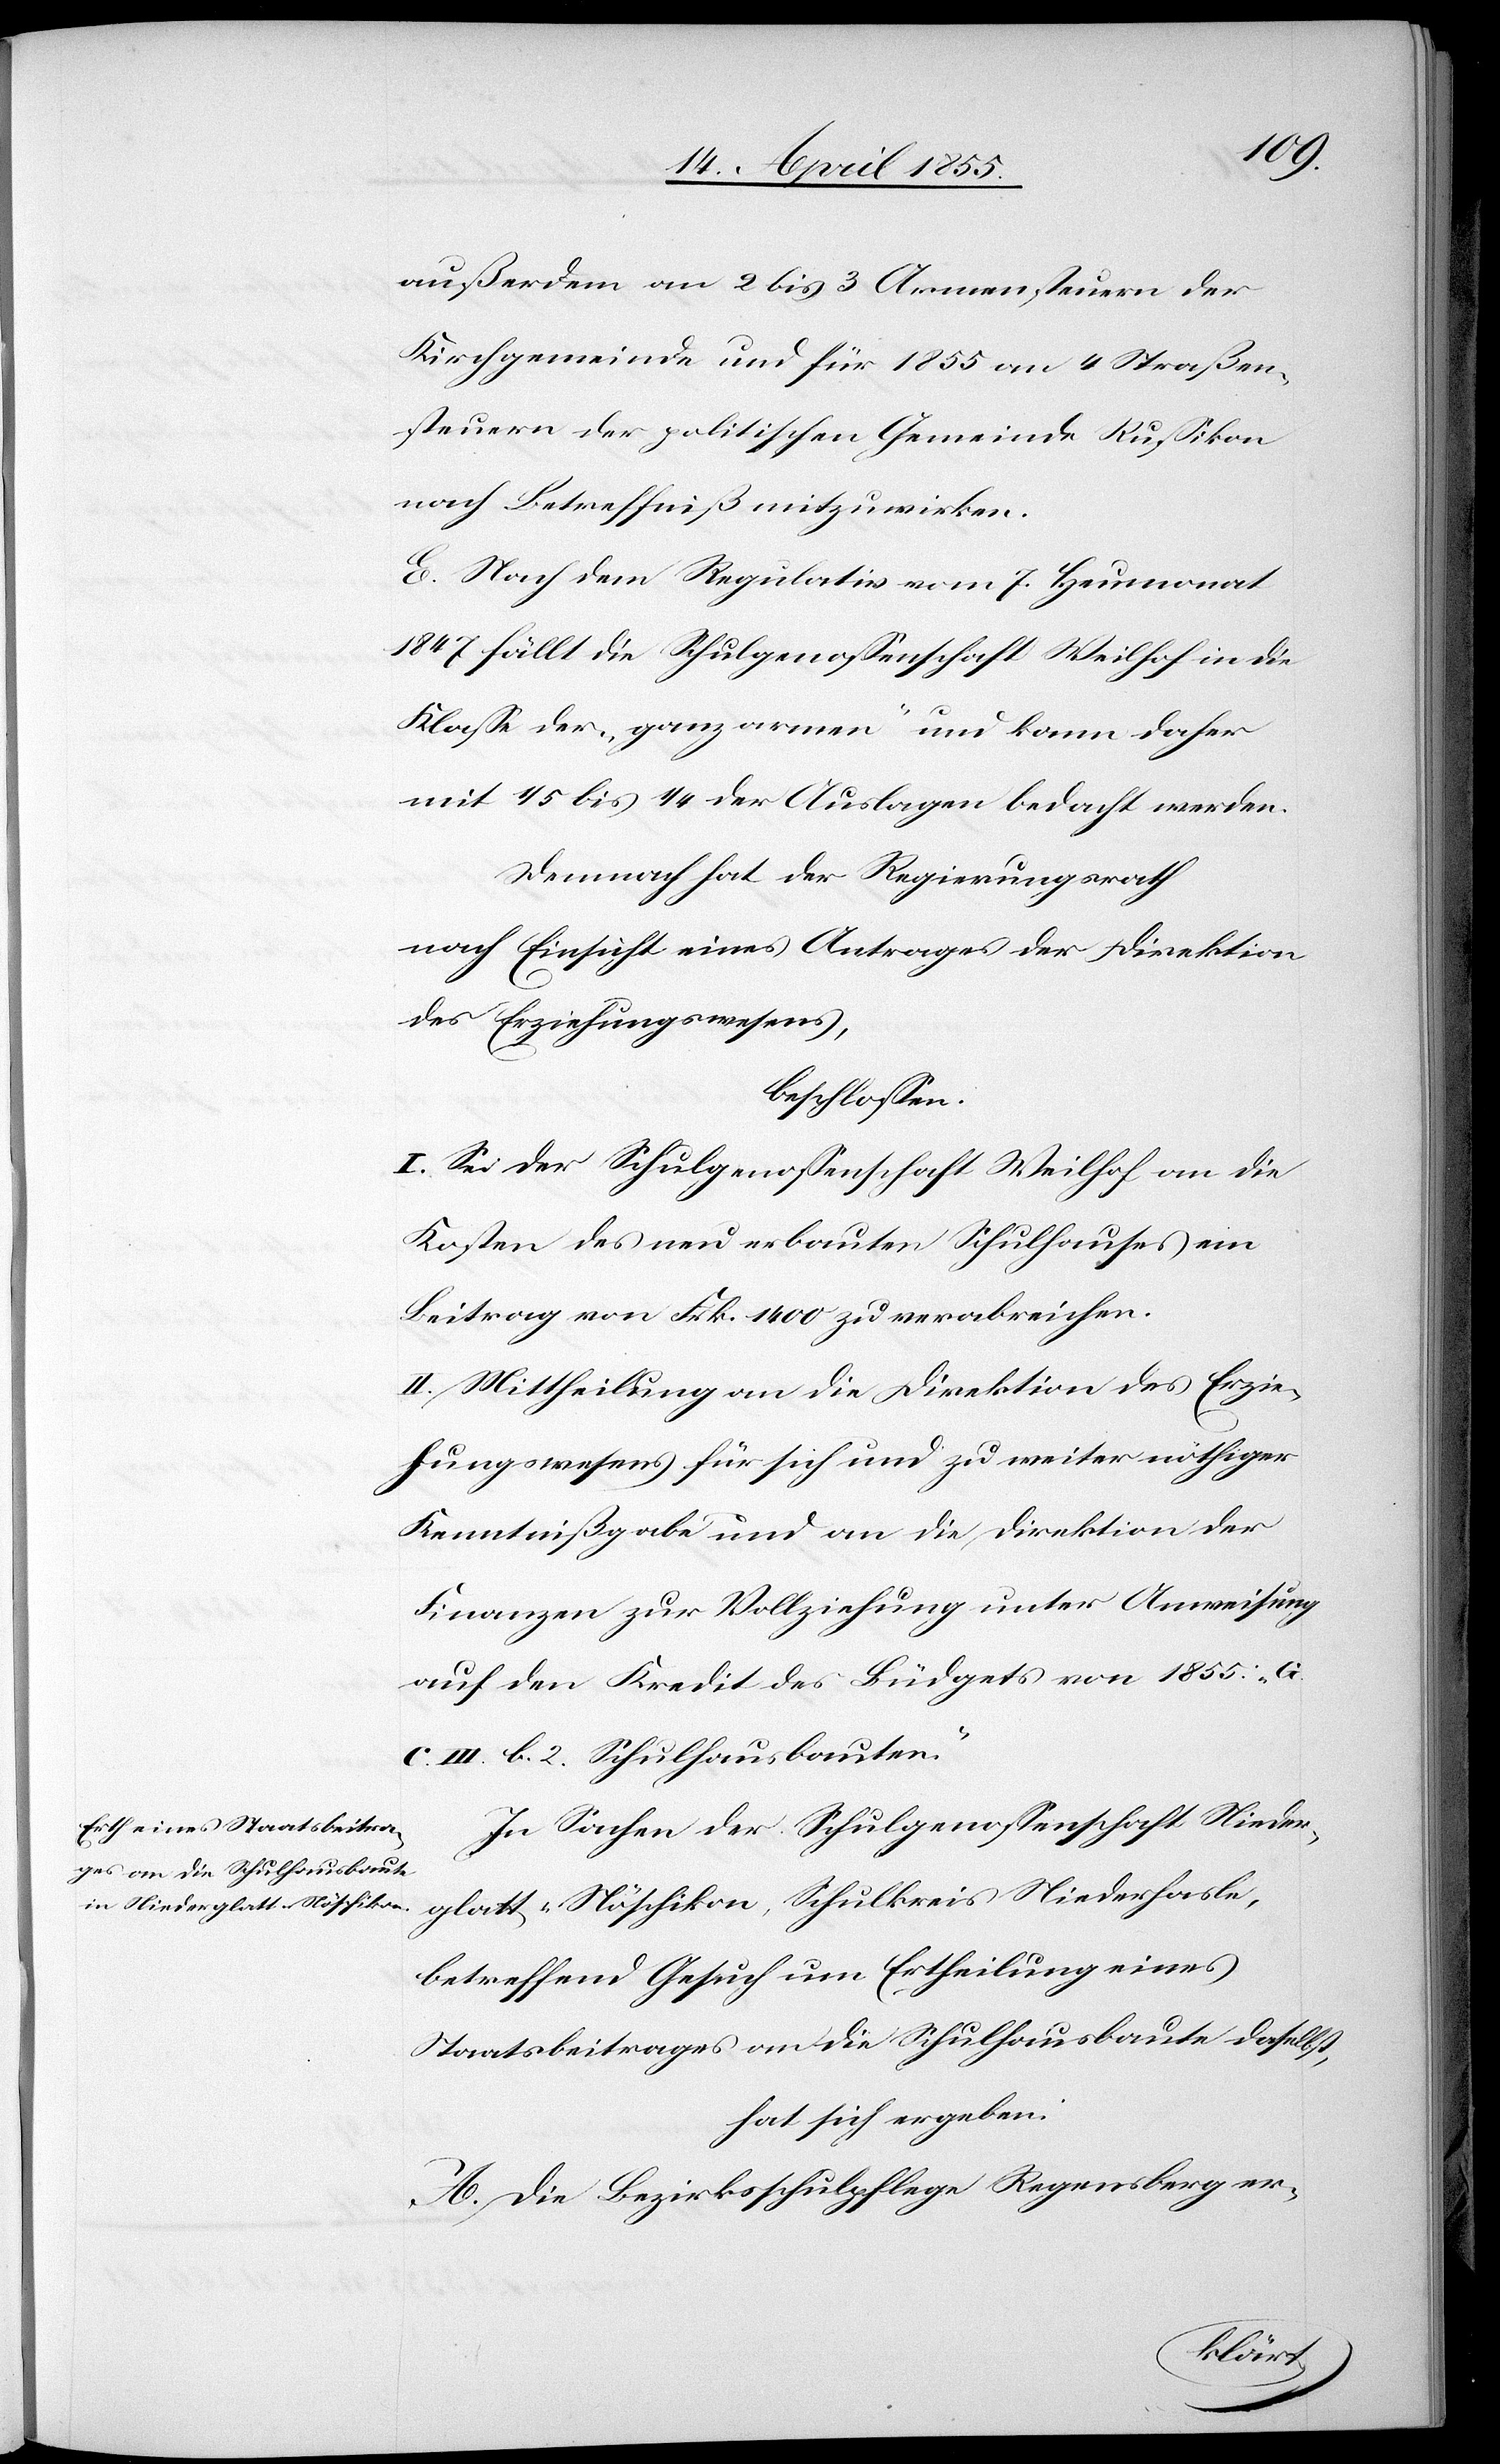
außerdem an 2 bis 3 Armensteuern der
Kirchgemeinde und für 1855 an 4 Straßen¬
steuern der politischen Gemeinde Russikon
nach Betreffniß mitzuwirken.
E. Nach dem Regulativ vom 7. Heumonat
1847 fällt die Schulgenossenschaft Weilhof in die
Klasse der „ganz armen“ und kann daher
mit 1/5 bis 1/4 der Auslagen bedacht werden.
Demnach hat der Regierungsrath
nach Einsicht eines Antrages der Direktion
des Erziehungswesens,
beschlossen:
I. Sei der Schulgenossenschaft Weilhof an die
Kosten des neu erbauten Schulhauses ein
Beitrag von Frk. 1400 zu verabreichen.
II. Mittheilung an die Direktion des Erzie¬
hungswesens für sich und zu weiter nöthiger
Kenntnißgabe und an die Direktion der
Finanzen zur Vollziehung unter Anweisung
auf den Kredit des Büdgets von 1855: „G.
C. III. b. 2. Schulhausbauten“.
In Sachen der Schulgenossenschaft Nieder¬
glatt-Nöschikon, Schulkreis Niederhasle,
betreffend Gesuch um Ertheilung eines
Staatsbeitrages an die Schulhausbaute daselbst,
hat sich ergeben:
A. Die Bezirksschulpflege Regensberg er-